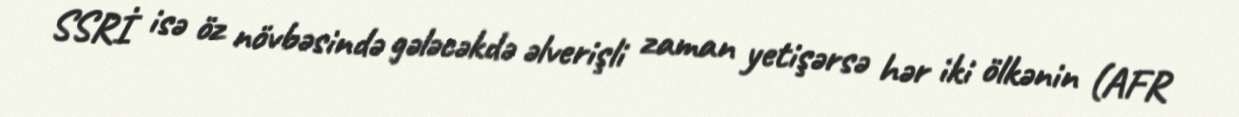
SSRİ isə öz növbəsində gələcəkdə əlverişli zaman yetişərsə hər iki ölkənin (AFR